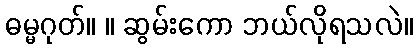
ဓမ္မဂုတ်။ ။ ဆွမ်းကော ဘယ်လိုရသလဲ။